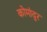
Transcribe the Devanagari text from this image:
कोमांदुर